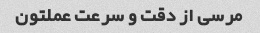
مرسی از دقت و سرعت عملتون